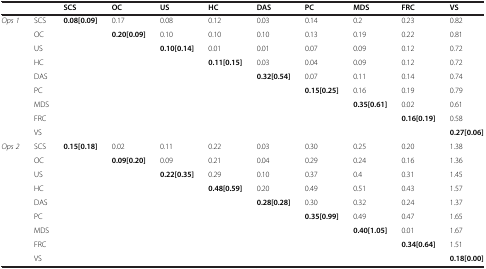
<table><thead><tr><td><b> </b></td><td><b> </b></td><td><b>SCS</b></td><td><b>OC</b></td><td><b>US</b></td><td><b>HC</b></td><td><b>DAS</b></td><td><b>PC</b></td><td><b>MDS</b></td><td><b>FRC</b></td><td><b>VS</b></td></tr></thead><tbody><tr><td><i>Ops 1</i></td><td>SCS</td><td><b>0.08[0.09]</b></td><td>0.17</td><td>0.08</td><td>0.12</td><td>0.03</td><td>0.14</td><td>0.2</td><td>0.23</td><td>0.82</td></tr><tr><td> </td><td>OC</td><td> </td><td><b>0.20[0.09]</b></td><td>0.10</td><td>0.10</td><td>0.10</td><td>0.13</td><td>0.19</td><td>0.22</td><td>0.81</td></tr><tr><td> </td><td>US</td><td> </td><td> </td><td><b>0.10[0.14]</b></td><td>0.01</td><td>0.01</td><td>0.07</td><td>0.09</td><td>0.12</td><td>0.72</td></tr><tr><td> </td><td>HC</td><td> </td><td> </td><td> </td><td><b>0.11[0.15]</b></td><td>0.03</td><td>0.04</td><td>0.09</td><td>0.12</td><td>0.72</td></tr><tr><td> </td><td>DAS</td><td> </td><td> </td><td> </td><td> </td><td><b>0.32[0.54]</b></td><td>0.07</td><td>0.11</td><td>0.14</td><td>0.74</td></tr><tr><td> </td><td>PC</td><td> </td><td> </td><td> </td><td> </td><td> </td><td><b>0.15[0.25]</b></td><td>0.16</td><td>0.19</td><td>0.79</td></tr><tr><td> </td><td>MDS</td><td> </td><td> </td><td> </td><td> </td><td> </td><td> </td><td><b>0.35[0.61]</b></td><td>0.02</td><td>0.61</td></tr><tr><td> </td><td>FRC</td><td> </td><td> </td><td> </td><td> </td><td> </td><td> </td><td> </td><td><b>0.16[0.19]</b></td><td>0.58</td></tr><tr><td> </td><td>VS</td><td> </td><td> </td><td> </td><td> </td><td> </td><td> </td><td> </td><td> </td><td><b>0.27[0.06]</b></td></tr><tr><td><i>Ops 2</i></td><td>SCS</td><td><b>0.15[0.18]</b></td><td>0.02</td><td>0.11</td><td>0.22</td><td>0.03</td><td>0.30</td><td>0.25</td><td>0.20</td><td>1.38</td></tr><tr><td> </td><td>OC</td><td> </td><td><b>0.09[0.20]</b></td><td>0.09</td><td>0.21</td><td>0.04</td><td>0.29</td><td>0.24</td><td>0.16</td><td>1.36</td></tr><tr><td> </td><td>US</td><td> </td><td> </td><td><b>0.22[0.35]</b></td><td>0.29</td><td>0.10</td><td>0.37</td><td>0.4</td><td>0.31</td><td>1.45</td></tr><tr><td> </td><td>HC</td><td> </td><td> </td><td> </td><td><b>0.48[0.59]</b></td><td>0.20</td><td>0.49</td><td>0.51</td><td>0.43</td><td>1.57</td></tr><tr><td> </td><td>DAS</td><td> </td><td> </td><td> </td><td> </td><td><b>0.28[0.28]</b></td><td>0.30</td><td>0.32</td><td>0.24</td><td>1.37</td></tr><tr><td> </td><td>PC</td><td> </td><td> </td><td> </td><td> </td><td> </td><td><b>0.35[0.99]</b></td><td>0.49</td><td>0.47</td><td>1.65</td></tr><tr><td> </td><td>MDS</td><td> </td><td> </td><td> </td><td> </td><td> </td><td> </td><td><b>0.40[1.05]</b></td><td>0.01</td><td>1.67</td></tr><tr><td> </td><td>FRC</td><td> </td><td> </td><td> </td><td> </td><td> </td><td> </td><td> </td><td><b>0.34[0.64]</b></td><td>1.51</td></tr><tr><td> </td><td>VS</td><td> </td><td> </td><td> </td><td> </td><td> </td><td> </td><td> </td><td> </td><td><b>0.18[0.00]</b></td></tr></tbody></table>